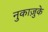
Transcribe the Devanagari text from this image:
नुकाज़ुके